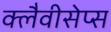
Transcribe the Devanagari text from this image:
क्लैवीसेप्स